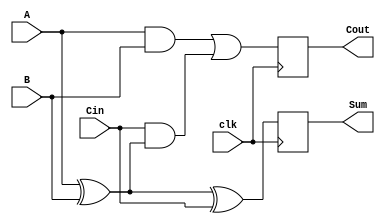
module dynamic_full_adder (
    input wire A,      // First input bit
    input wire B,      // Second input bit
    input wire Cin,    // Carry-in bit
    input wire clk,    // Clock signal
    output reg Sum,    // Sum output
    output reg Cout    // Carry-out output
);

    // Internal signals for dynamic logic
    reg precharge; // Precharge signal for dynamic nodes
    reg A_B;       // Intermediate signal for A XOR B

    always @(posedge clk) begin
        // Precharge phase
        precharge <= 1'b1; // Precharge dynamic nodes to high
    end

    always @(negedge clk) begin
        // Evaluation phase
        precharge <= 1'b0; // Disable precharge

        // Compute intermediate values
        A_B = A ^ B; // A XOR B

        // Compute Sum and Cout
        Sum <= A_B ^ Cin; // Sum = A XOR B XOR Cin
        Cout <= (A & B) | (Cin & A_B); // Cout = (A AND B) OR (Cin AND (A XOR B))
    end

endmodule